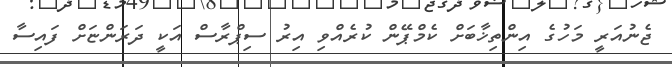
ޖެނުއަރީ މަހުގެ އިންތިޚާބަށް ކެމްޕޭން ކުރެއްވި އިރު ސިޕްރާސް އަކީ ދަރަންޏަށް ފައިސާ